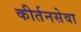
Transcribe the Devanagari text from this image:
कीर्तनसेवा